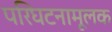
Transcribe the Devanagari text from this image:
परिघटनामूलक